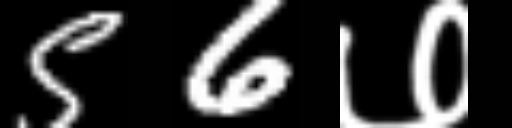
Text: 56७